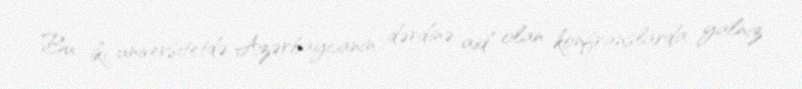
Bu iki universitetdə Azərbaycanın dərdinə aid olan konfranslarda yalnız